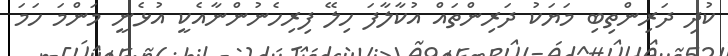
ކުދި ދަރިންތިބި މަޔަކު ދަރިންތައް އުކާލާފަ ހިލޭ ފިރިހެނުންނާއެކީ އުޅެނީ މަންމަ ހަމަ